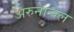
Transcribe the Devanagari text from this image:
अरुनाचल